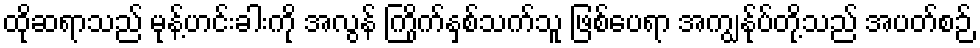
ထိုဆရာသည် မုန့်ဟင်းခါးကို အလွန် ကြိုက်နှစ်သက်သူ ဖြစ်ပေရာ အကျွန်ုပ်တို့သည် အပတ်စဉ်